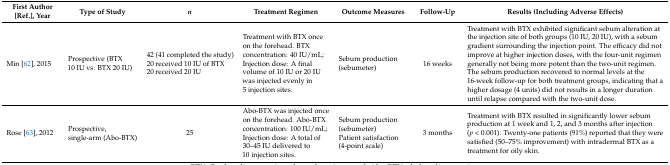
| First Author [Ref.], Year | Type of Study | n | Treatment Regimen | Outcome Measures | Follow-Up | Results (Including Adverse Effects) |
 | --- | --- | --- | --- | --- | --- | --- |
 | Min [62], 2015 | Prospective (BTX 10 IU vs. BTX 20 IU) | 42 (41 completed the study)20 received 10 IU of BTX20 received 20 IU | Treatment with BTX once on the forehead. BTX concentration: 40 IU/mL; Injection dose: A final volume of 10 IU or 20 IU was injected evenly in 5 injection sites. | Sebum production (sebumeter) | 16 weeks | Treatment with BTX exhibited significant sebum alteration at the injection site of both groups (10 IU, 20 IU), with a sebum gradient surrounding the injection point. The efficacy did not improve at higher injection doses, with the four-unit regimen generally not being more potent than the two-unit regimen. The sebum production recovered to normal levels at the 16-week follow-up for both treatment groups, indicating that a higher dosage (4 units) did not results in a longer duration until relapse compared with the two-unit dose. |
 | Rose [63], 2012 | Prospective, single-arm (Abo-BTX) | 25 | Abo-BTX was injected once on the forehead. Abo-BTX concentration: 100 IU/mL; Injection dose: A total of 30–45 IU delivered to 10 injection sites. | Sebum production (sebumeter)Patient satisfaction (4-point scale) | 3 months | Treatment with BTX resulted in significantly lower sebum production at 1 week and 1, 2, and 3 months after injection (p < 0.001). Twenty-one patients (91%) reported that they were satisfied (50–75% improvement) with intradermal BTX as a treatment for oily skin. |